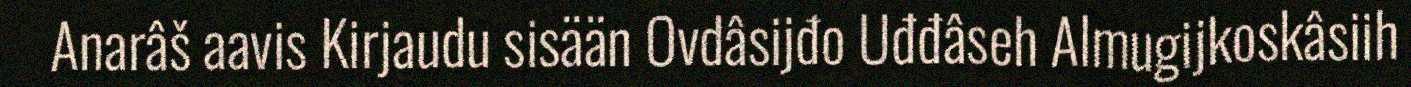
Anarâš aavis Kirjaudu sisään Ovdâsijđo Uđđâseh Almugijkoskâsiih